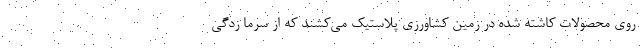
روی محصولات کاشته شده در زمین کشاورزی پلاستیک می‌کشند که از سرما زدگی